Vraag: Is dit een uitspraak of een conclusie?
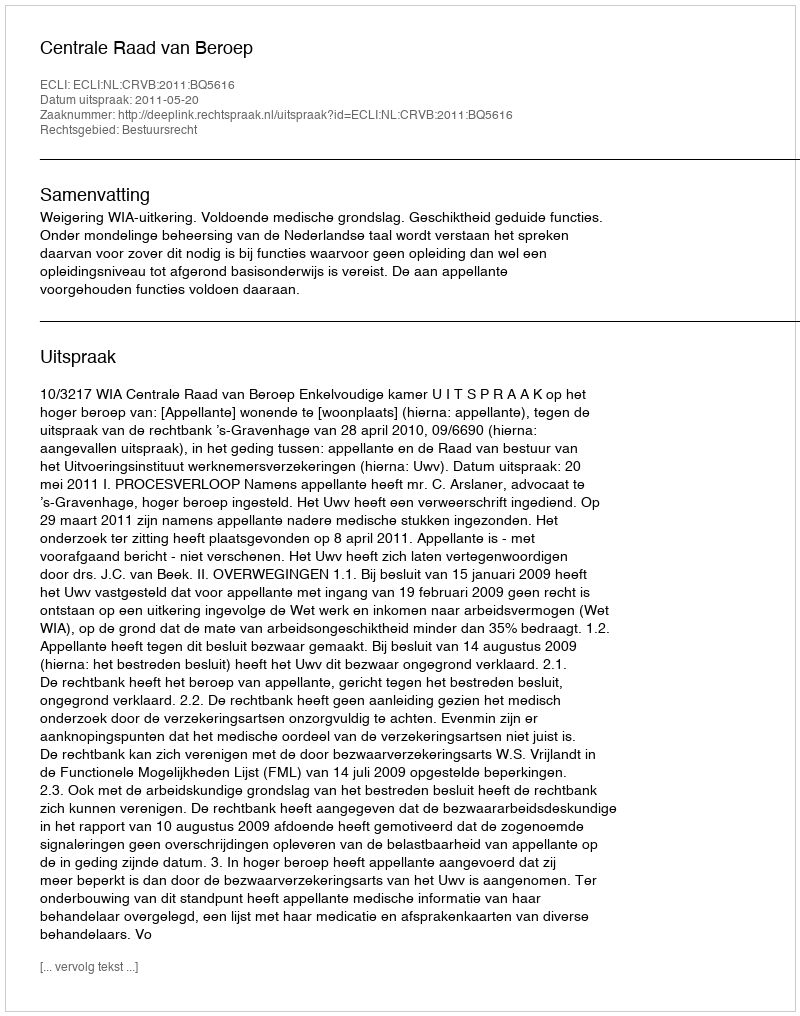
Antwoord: Uitspraak